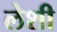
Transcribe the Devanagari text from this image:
लेशी